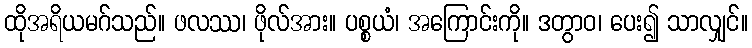
ထိုအရိယမဂ်သည်။ ဖလဿ၊ ဖိုလ်အား။ ပစ္စယံ၊ အကြောင်းကို။ ဒတွာဝ၊ ပေး၍ သာလျှင်။